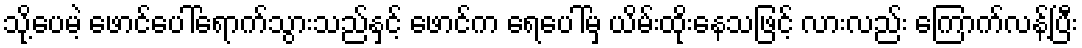
သို့ပေမဲ့ ဖောင်ပေါ်ရောက်သွားသည်နှင့် ဖောင်က ရေပေါ်မှ ယိမ်းထိုးနေသဖြင့် လားလည်း ကြောက်လန့်ပြီး